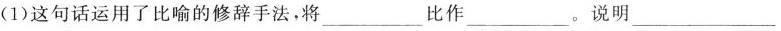
(1)这句话运用了比喻的修辞手法，将___比作___。说明___